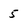
Character: 5